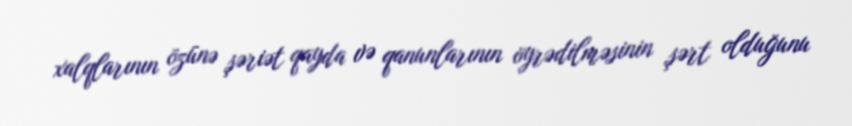
xalqlarının özünə şəriət qayda və qanunlarının öyrədilməsinin şərt olduğunu